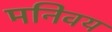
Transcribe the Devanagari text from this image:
मनिवय